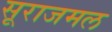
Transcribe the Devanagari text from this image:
सूराजमल